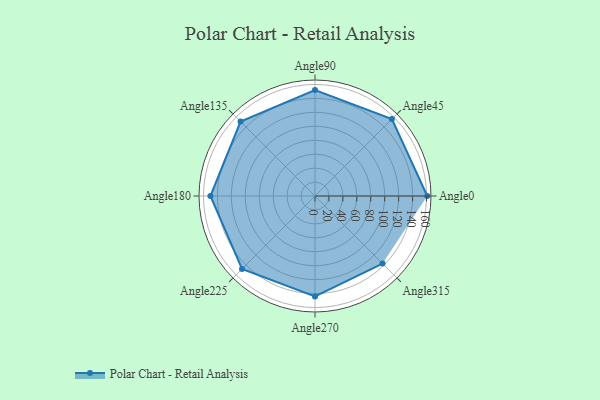
{"axis": {"x": "Angle", "y": "Radius"}, "legend": [""], "data": [{"x": "Angle0", "y": 161.0, "type": ""}, {"x": "Angle45", "y": 156.0, "type": ""}, {"x": "Angle90", "y": 152.0, "type": ""}, {"x": "Angle135", "y": 151.0, "type": ""}, {"x": "Angle180", "y": 150.0, "type": ""}, {"x": "Angle225", "y": 148.0, "type": ""}, {"x": "Angle270", "y": 144.0, "type": ""}, {"x": "Angle315", "y": 137.0, "type": ""}]}